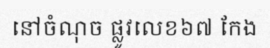
នៅចំណុច ផ្លូវលេខ៦៧ កែង